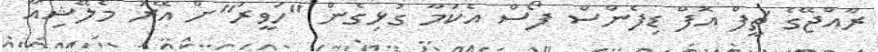
ރާއްޖޭގެ ޗީފް އޮފް ޑިފެންސް ފޯސް އެކަމާ ގުޅިގެން "ހަވީރަ"ށް އޭރު މެލޭޝިއާ